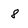
Character: 8